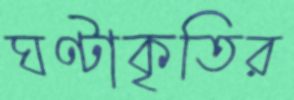
ঘণ্টাকৃতির